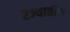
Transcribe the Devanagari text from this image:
रज्यातील